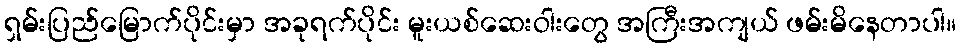
ရှမ်းပြည်မြောက်ပိုင်းမှာ အခုရက်ပိုင်း မူးယစ်ဆေးဝါးတွေ အကြီးအကျယ် ဖမ်းမိနေတာပါ။